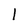
Character: l